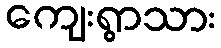
ကျေးရွာသား